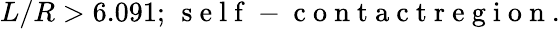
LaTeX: L/R>6.091;\, \mathrm{~s~e~l~f~-~c~o~n~t~a~c~t~r~e~g~i~o~n~}.